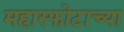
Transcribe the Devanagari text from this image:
महास्फोटाच्या